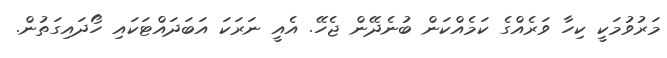
މަރުވުމަކީ ކިހާ ވަރެއްގެ ކަމެއްކަން ބުނެދޭން ޖެހޭ. އެއީ ނަރަކަ އަބަދައްޓަކައި ހޯދައިގަތުން.